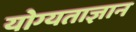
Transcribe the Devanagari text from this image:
योग्यताज्ञान